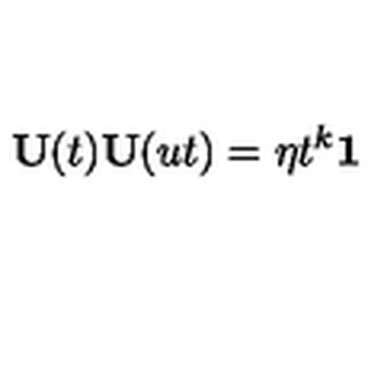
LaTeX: { \bf U } ( t ) { \bf U } ( u t ) = \eta t ^ { k } { \bf 1 }